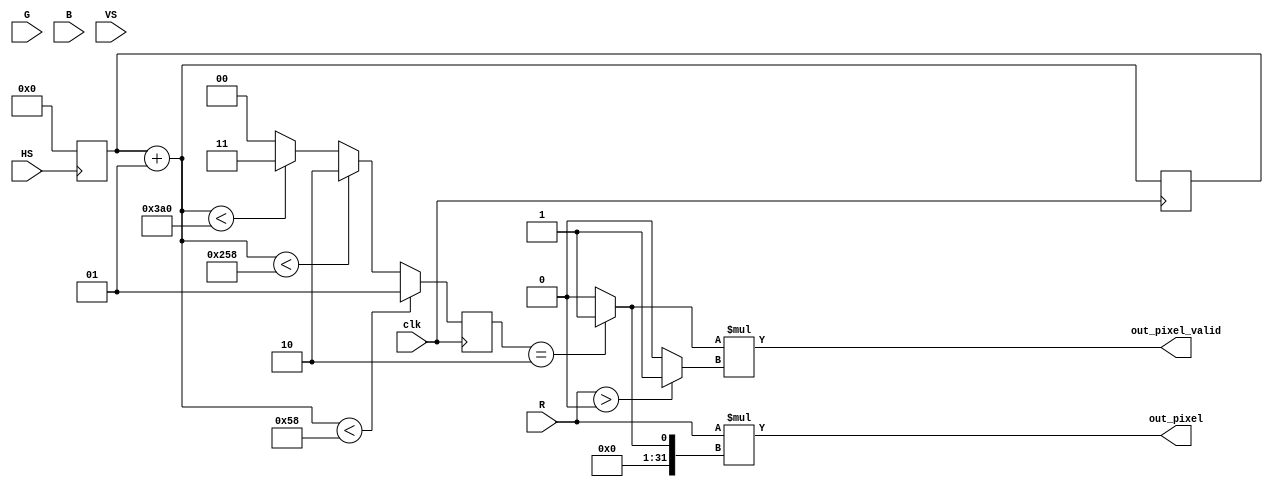
`timescale 1ns / 1ps
//////////////////////////////////////////////////////////////////////////////////
// Company: 
// 
// Design Name: 
// Module Name:    hw10_top 
// Project Name: 
// Target Devices: 
// Tool versions: 
// Description: 
//
// Dependencies: 
//
// Revision: 
// Revision 0.01 - File Created
// Additional Comments: 
//
//////////////////////////////////////////////////////////////////////////////////
module hw10_top(
						clk,
						R,
						G,
						B,
						HS,
						VS,
						out_pixel,
						out_pixel_valid
    );
	
//Inputs
input clk;
input [7:0] R, G, B;
input HS, VS;

//Outputs
output [7:0] out_pixel;
output out_pixel_valid;

//parameters
parameter backporch=1;
parameter frontporch=3;
parameter actualimage=5;
parameter displayimage=2;
parameter syncpulse=4;

//LOL this works:
//assign out_pixel=R;
//assign out_pixel_valid=(R>0)?1'b1:1'b0;

integer counter;
reg out_valid;
reg [1:0]NS;
reg [1:0]PS;
integer output1;
integer counterVS=0;

always @(posedge clk) begin
counter=counter+1;

if((R>0)&&(out_valid!=1)&&(counterVS<512))
$display("%d:   %d",counterVS, counter);

if(counter<88)//backporch
NS=backporch;

else if (counter<(88+512))//image
NS=displayimage;

else if (counter<(88+800+40)) //frontporch
NS=frontporch;

else NS=syncpulse; //sync

PS=NS;
end //pos clk
assign out_pixel=R*output1;
assign out_pixel_valid=out_valid*(R>0?1:0);


always @(posedge HS) begin
counter=0;
counterVS=counterVS+1;

end

always @(PS,out_valid)
case(PS)
(backporch): begin
out_valid=0;
output1=0;

end

(displayimage): begin 
out_valid=1'b1;
output1=1'b1;
end

(actualimage): begin 
out_valid=0;
output1=0;
end

(frontporch): begin
out_valid=0; 
output1=0;
end

(syncpulse): begin  
out_valid=0; 
output1=0;
end

default: begin  
out_valid=0; 
output1=0;
end
endcase

endmodule